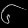
Digit: ၆